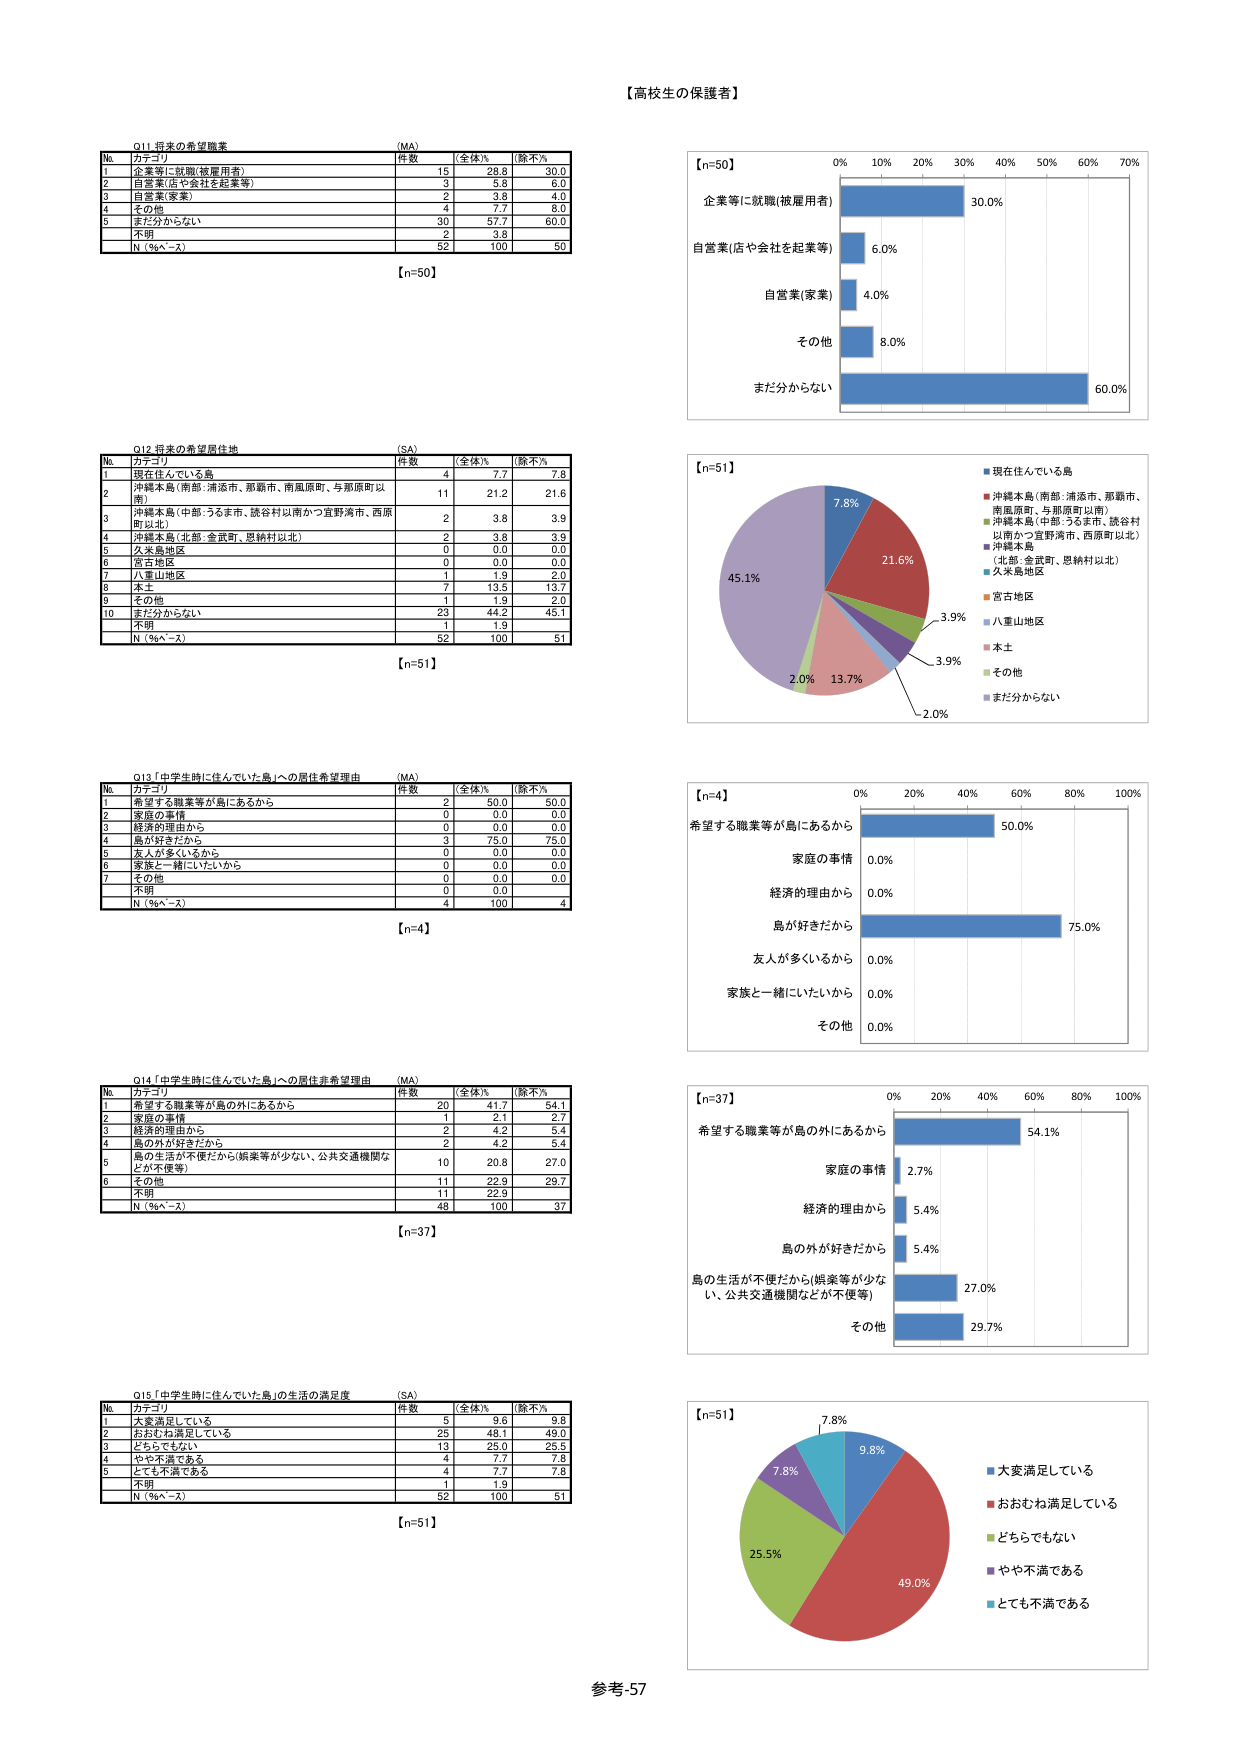
【高校生の保護者】

Q11 将来の希望職業 (MA)
№ カテゴリ 件数 全体% 除不%
1 企業等に就職(被雇用者) 15 28.8 30.0
2 自営業(店や会社を起業等) 3 5.8 6.0
3 自営業(家業) 2 3.8 4.0
4 その他 4 7.7 8.0
5 まだ分からない 30 57.7 60.0
不問 2 3.8
N (%^~%) 52 100 50
【n=50】

Q12 将来の希望居住地 (SA)
№ カテゴリ 件数 全体% 除不%
1 現在住んでいる島 4 7.7 7.8
2 沖縄本島(南部:浦添市、那覇市、南風原町、与那原町以南) 11 21.2 21.6
3 沖縄本島(中部:うるま市、読谷村以南かつ宜野湾市、西原町以北) 2 3.8 3.9
4 沖縄本島(北部:金武町、恩納村以北) 2 3.8 3.9
5 久米島地区 0 0.0 0.0
6 宮古地区 0 0.0 0.0
7 八重山地区 1 1.9 2.0
8 本土 7 13.5 13.7
9 その他 1 1.9 2.0
10 まだ分からない 23 44.2 45.1
不問 1 1.9
N (%^~%) 52 100 51
【n=51】

Q13 「中学生時に住んでいた島」への居住希望理由 (MA)
№ カテゴリ 件数 全体% 除不%
1 希望する職業等が島にあるから 2 50.0 50.0
2 家庭の事情 0 0.0 0.0
3 経済的理由から 0 0.0 0.0
4 島が好きだから 3 75.0 75.0
5 友人が多くいるから 0 0.0 0.0
6 家族と一緒にいたいから 0 0.0 0.0
7 その他 0 0.0 0.0
不問 0 0.0
N (%^~%) 4 100 4
【n=4】

Q14 「中学生時に住んでいた島」への居住非希望理由 (MA)
№ カテゴリ 件数 全体% 除不%
1 希望する職業等が島の外にあるから 20 41.7 54.1
2 家庭の事情 1 2.1 2.7
3 経済的理由から 2 4.2 5.4
4 島の外が好きだから 2 4.2 5.4
5 島の生活が不便だから(娯楽等が少ない、公共交通機関などが不便等) 10 20.8 27.0
6 その他 11 22.9 29.7
不問 11 22.9
N (%^~%) 48 100 37
【n=37】

Q15 「中学生時に住んでいた島」の生活の満足度 (SA)
№ カテゴリ 件数 全体% 除不%
1 大変満足している 5 9.6 9.8
2 おおむね満足している 25 48.1 49.0
3 どちらでもない 13 25.0 25.5
4 やや不満である 4 7.7 7.8
5 とても不満である 4 7.7 7.8
不問 1 1.9
N (%^~%) 52 100 51
【n=51】

【n=50】
企業等に就職(被雇用者) 30.0%
自営業(店や会社を起業等) 6.0%
自営業(家業) 4.0%
その他 8.0%
まだ分からない 60.0%

【n=51】
■現在住んでいる島 7.8%
■沖縄本島(南部:浦添市、那覇市、南風原町、与那原町以南) 21.6%
■沖縄本島(中部:うるま市、読谷村以南かつ宜野湾市、西原町以北) 3.9%
■沖縄本島(北部:金武町、恩納村以北) 3.9%
■久米島地区 2.0%
■宮古地区 2.0%
■八重山地区
■本土
■その他
■まだ分からない

【n=4】
希望する職業等が島にあるから 50.0%
家庭の事情 0.0%
経済的理由から 0.0%
島が好きだから 75.0%
友人が多くいるから 0.0%
家族と一緒にいたいから 0.0%
その他 0.0%

【n=37】
希望する職業等が島の外にあるから 54.1%
家庭の事情 2.7%
経済的理由から 5.4%
島の外が好きだから 5.4%
島の生活が不便だから(娯楽等が少ない、公共交通機関などが不便等) 27.0%
その他 29.7%

【n=51】
■大変満足している 7.8%
■おおむね満足している 49.0%
■どちらでもない 25.5%
■やや不満である 7.8%
■とても不満である 9.8%

参考-57